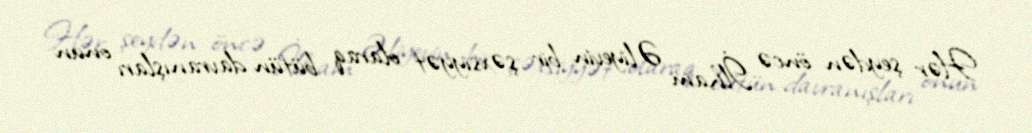
Hər şeydən öncə İlham Əliyevin bir şəxsiyyət olaraq bütün davranışları onun